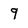
Character: 9